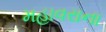
મહાવરાના